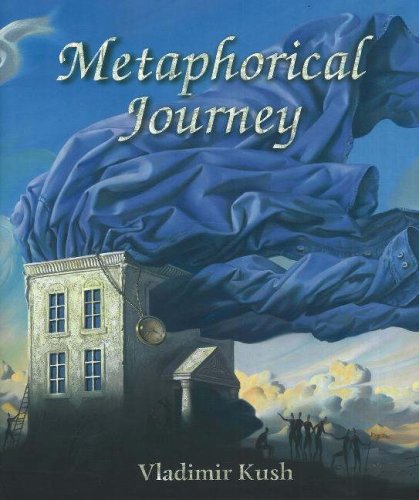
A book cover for Metaphorical Journey; Vladimir Kush; Crafts, Hobbies & Home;